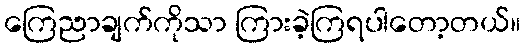
ကြေညာချက်ကိုသာ ကြားခဲ့ကြရပါတော့တယ်။